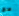
ساق